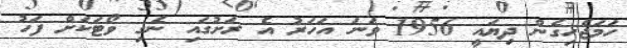
ހަމަޖެހިގެން ދިޔައީ 1956 ވަނަ އަހަރު އެ ރަށުގައި ނެގި ވޯޓަކަށް ފަހު